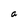
Character: a